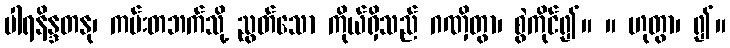
ပါရနိန္ဒတနု၊ ကမ်းတဘက်သို့ ညွတ်သော ကိုယ်ရှိသည် ဂဏှိတွာ၊ စွဲကိုင်၍။ ။ ဟုတွာ၊ ၍။